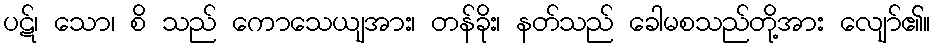
ပဋ်၊ သော၊ စိ သည် ကောသေယျအား၊ တန်ခိုး၊ နတ်သည် ခေါမစသည်တို့အား လျော်၏။